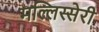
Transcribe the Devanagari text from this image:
मल्लिस्सेरी